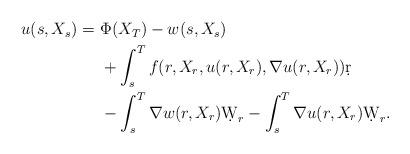
LaTeX: \begin{align*}\begin{aligned} u(s, {X}_s)=\ &\Phi( {X}_T)- w(s, {X}_s)\\&+\int^T_sf(r, {X}_r,u(r, {X}_r),\nabla u(r, {X}_r))\d r\\&-\int^T_s\nabla w(r, {X}_r)\d {W}_r-\int^T_s\nabla u(r, {X}_r)\d {W}_r.\end{aligned}\end{align*}